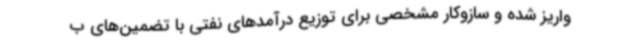
واریز شده و سازوکار مشخصی برای توزیع درآمدهای نفتی با تضمین‌های ب